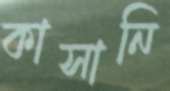
কাসানি